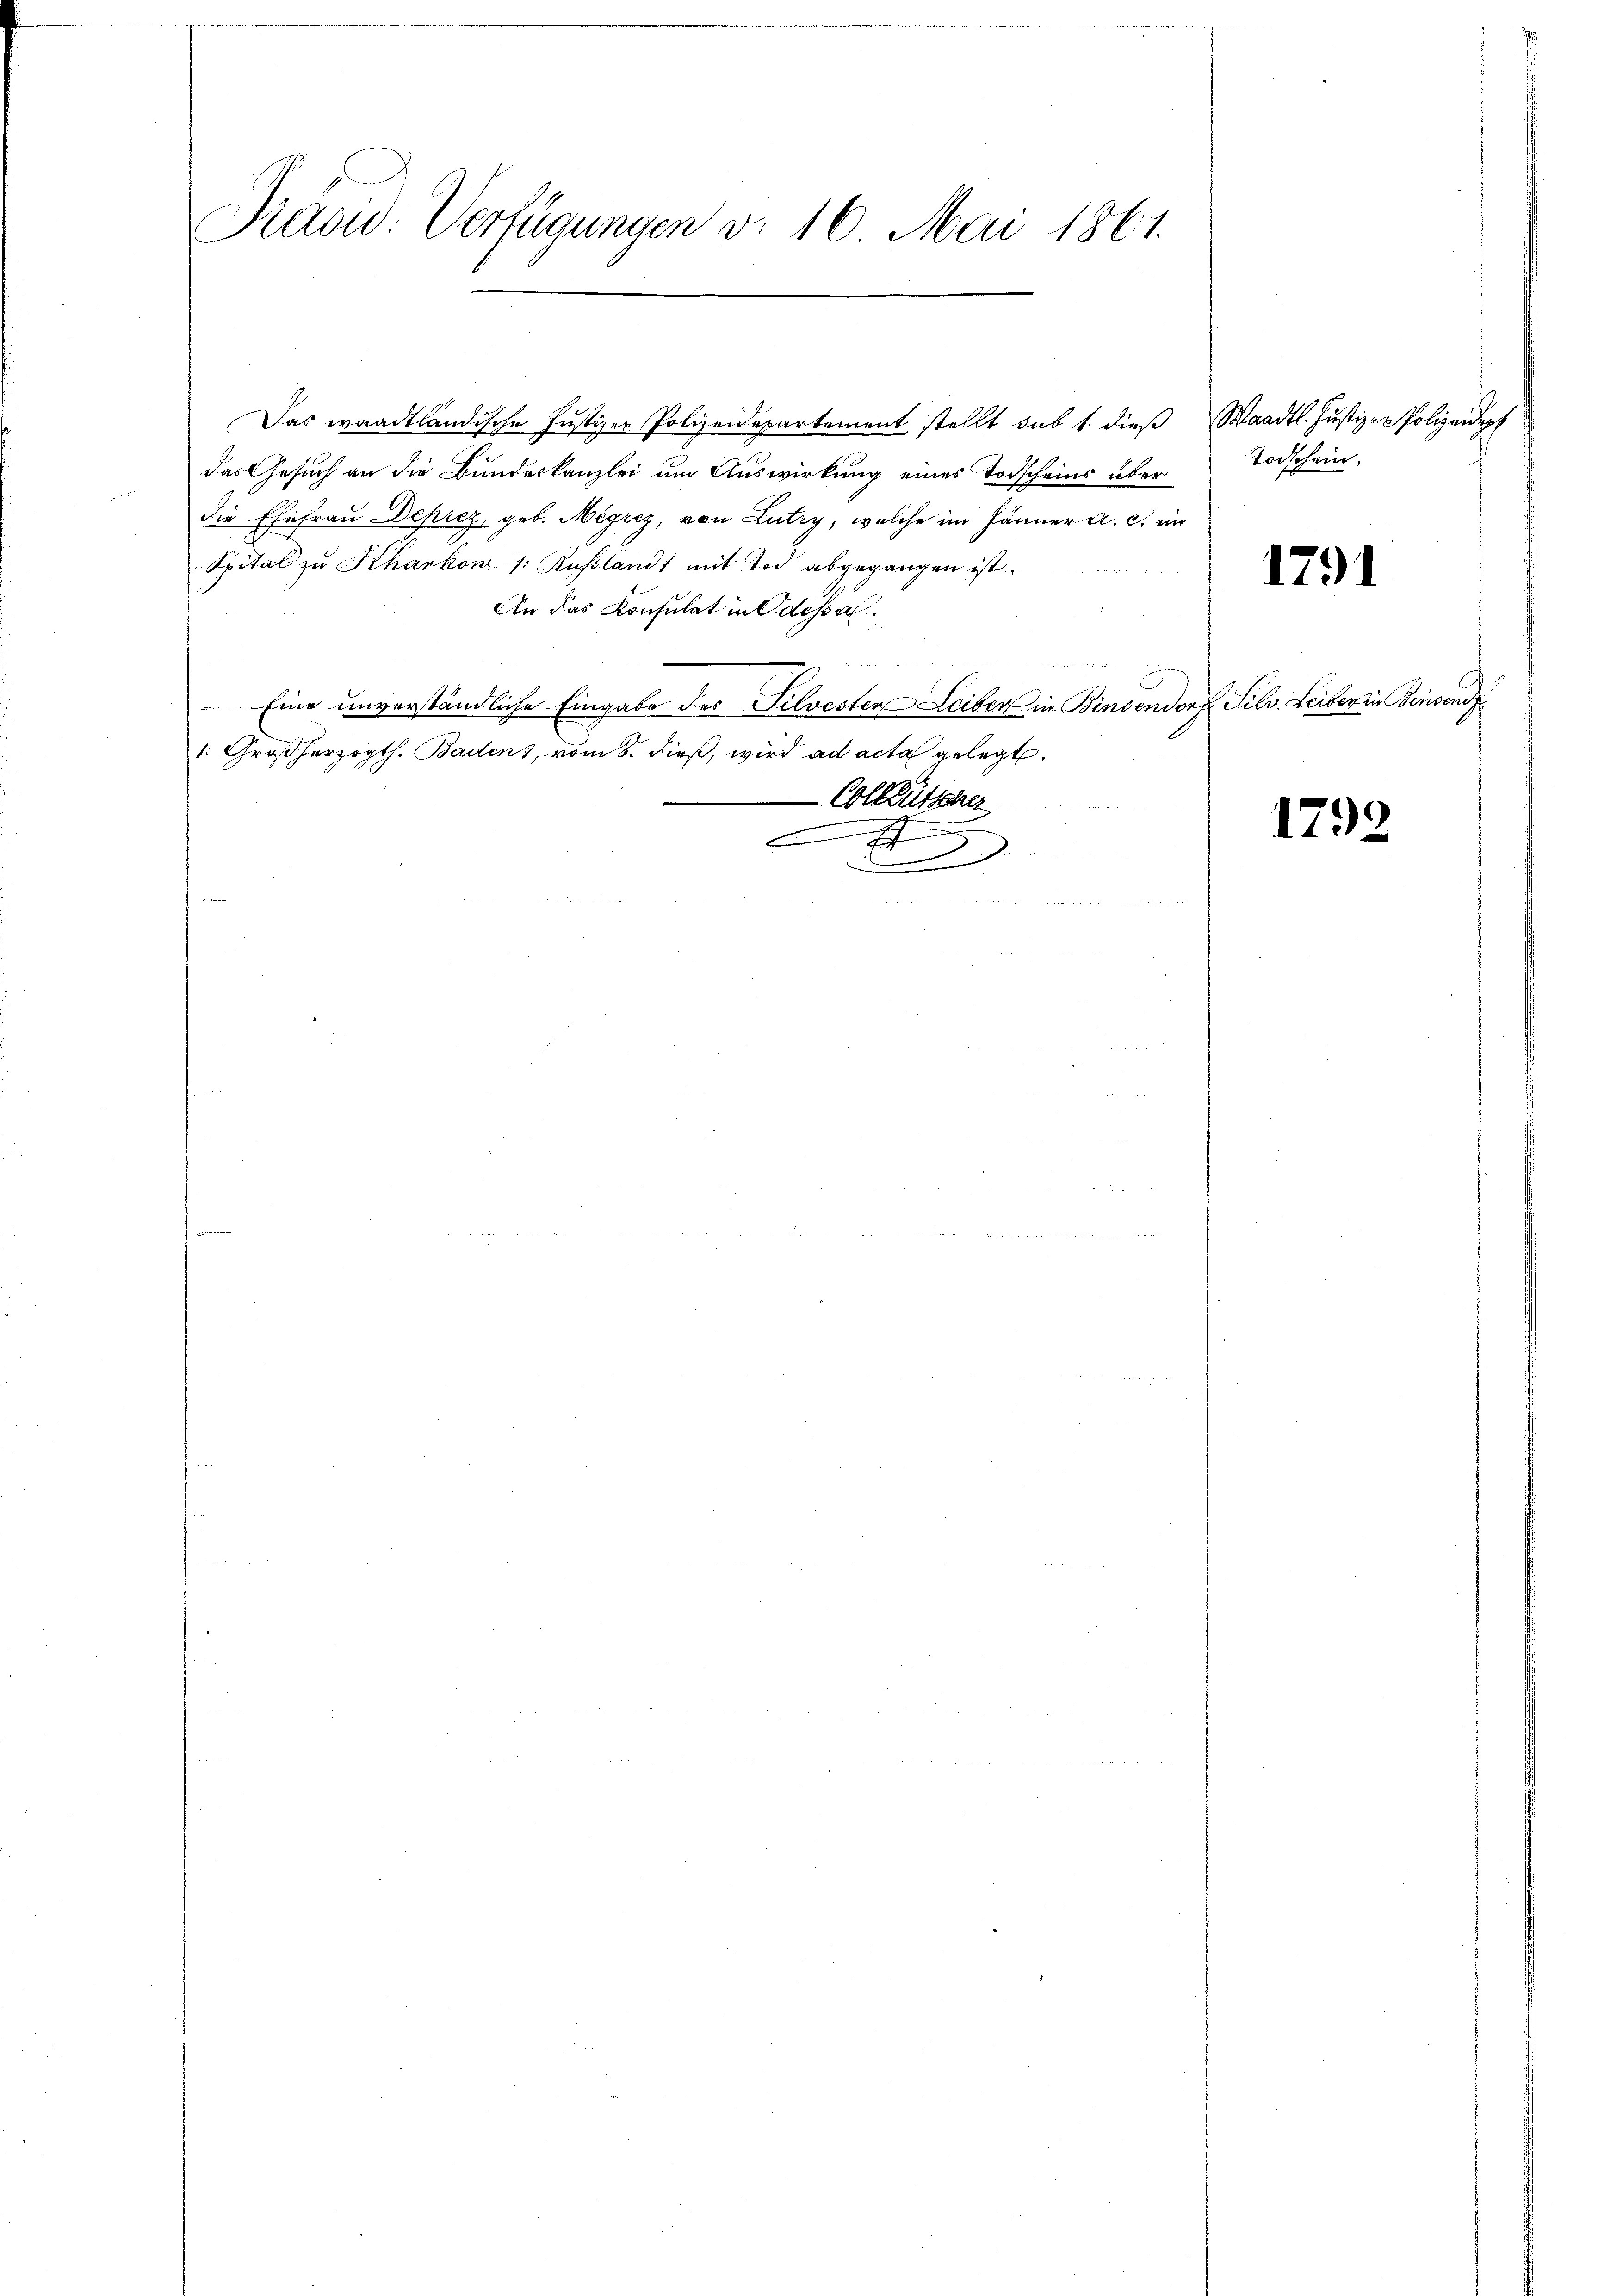
Prasw: Verfügungen v. 16. Mai 1861.

Das waadtländische Justizer Polizeidepartement stellt sub 1. dieβ Waadt. Justiz-PPolizeidept
das Gesuch an die Bundeskanzlei um Auswirkung eines Todscheins über Todschein,
die Ehefrau Deprez, geb. Negrez, von Lutry, welche im Jänner a. c. in
Spital zu Kharkon /: Russland mit Tod abgegangen ist.
An das Konsulat in Odessal
e
Eine unverständliche Eingabe des Silvesten Leiber in Binsendorf Silv. Leiber in Binsendf
1. Großherzogth. Baden, vom 8. dieß, wird ad acta gelegt.
-Collütherer

t
e
.

1791

1792